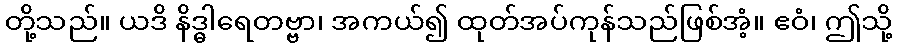
တို့သည်။ ယဒိ နိဒ္ဓါရေတဗ္ဗာ၊ အကယ်၍ ထုတ်အပ်ကုန်သည်ဖြစ်အံ့။ ဧဝံ၊ ဤသို့